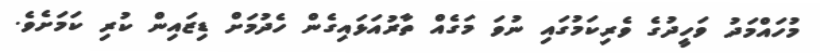
މުހައްމަދު ވަހީދުގެ ވެރިކަމުގައި ނުވަ މަގެއް ތާރުއަޅައިގެން ހެދުމަށް ޑިޒައިން ކުރި ކަމަށެވެ.